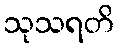
သုသရတိ